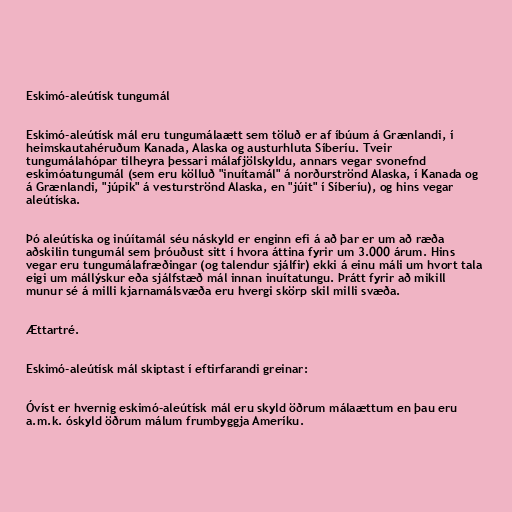
Eskimó-aleútísk tungumál

Eskimó-aleútísk mál eru tungumálaætt sem töluð er af íbúum á Grænlandi, í
heimskautahéruðum Kanada, Alaska og austurhluta Síberíu. Tveir
tungumálahópar tilheyra þessari málafjölskyldu, annars vegar svonefnd
eskimóatungumál (sem eru kölluð "inuítamál" á norðurströnd Alaska, í Kanada og
á Grænlandi, "júpik" á vesturströnd Alaska, en "júit" í Síberíu), og hins vegar
aleútíska.

Þó aleútíska og inúítamál séu náskyld er enginn efi á að þar er um að ræða
aðskilin tungumál sem þróuðust sitt í hvora áttina fyrir um 3.000 árum. Hins
vegar eru tungumálafræðingar (og talendur sjálfir) ekki á einu máli um hvort tala
eigi um mállýskur eða sjálfstæð mál innan inuítatungu. Þrátt fyrir að mikill
munur sé á milli kjarnamálsvæða eru hvergi skörp skil milli svæða.

Ættartré.

Eskimó-aleútísk mál skiptast í eftirfarandi greinar:

Óvíst er hvernig eskimó-aleútísk mál eru skyld öðrum málaættum en þau eru
a.m.k. óskyld öðrum málum frumbyggja Ameríku.